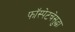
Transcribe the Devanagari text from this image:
फॉस्पेटचेसुद्धा